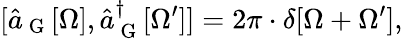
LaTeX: [\hat{a}_{\mathrm{~G~}}[\Omega],\hat{a}_{\mathrm{~G~}}^{\dagger}[\Omega^{\prime}]]=2\pi\cdot\delta[\Omega+\Omega^{\prime}],